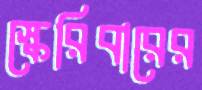
স্কেরিবারের